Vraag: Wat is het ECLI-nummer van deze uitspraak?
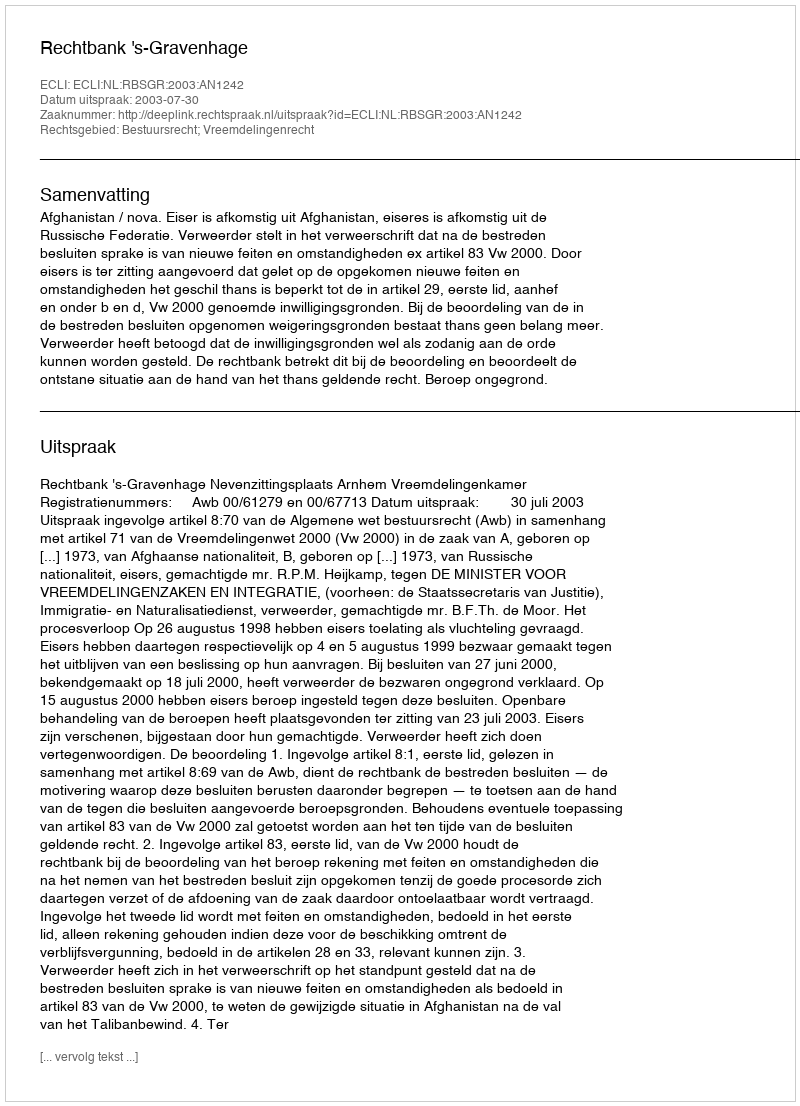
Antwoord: ECLI:NL:RBSGR:2003:AN1242